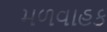
મળવાહક